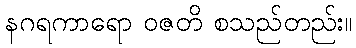
နဂရကာရော ဝဇတိ စသည်တည်း။